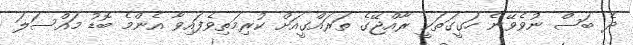
ދެ ބަސް ނުވެވޭނެ ހަގީގަތަކީ ރާއްޖޭގެ ތަރަައްގީއަށް ކުރިމަތިވެފައިވާ އެންމެ ބޮޑު މައްސަލަ